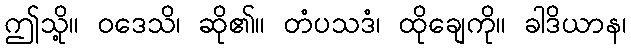
ဤသို့။ ဝဒေသိ၊ ဆို၏။ တံပသဒံ၊ ထိုချေကို။ ခါဒိယာန၊